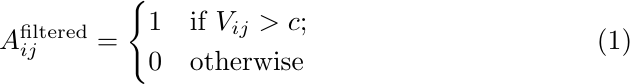
\begin{equation}
  \label{eq:adj}
  A^{\textup{filtered}}_{ij} =
  \begin{cases}
    1           & \text{if $V_{ij} > c;$} \\
    0           & \text{otherwise}
  \end{cases}
\end{equation}